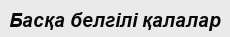
Басқа белгілі қалалар